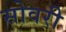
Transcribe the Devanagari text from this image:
सोवरी